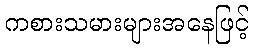
ကစားသမားများအနေဖြင့်